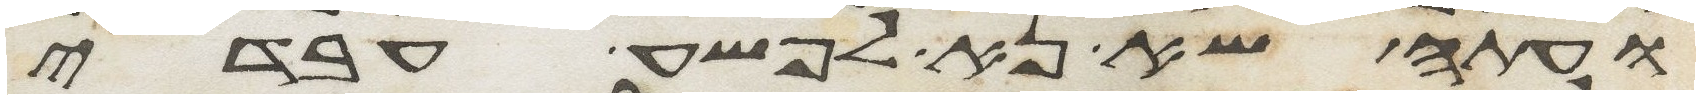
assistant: ועתה שא נא לפשע עבדי